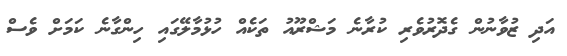
އަދި ޒުވާނުން ގެދޮރުވެރި ކުރާނެ މަޝްރޫއު ތަކެއް ހުޅުމާލޭގައި ހިންގާނެ ކަމަށް ވެސް